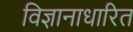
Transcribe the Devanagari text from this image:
विज्ञानाधारित